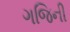
ગજિની